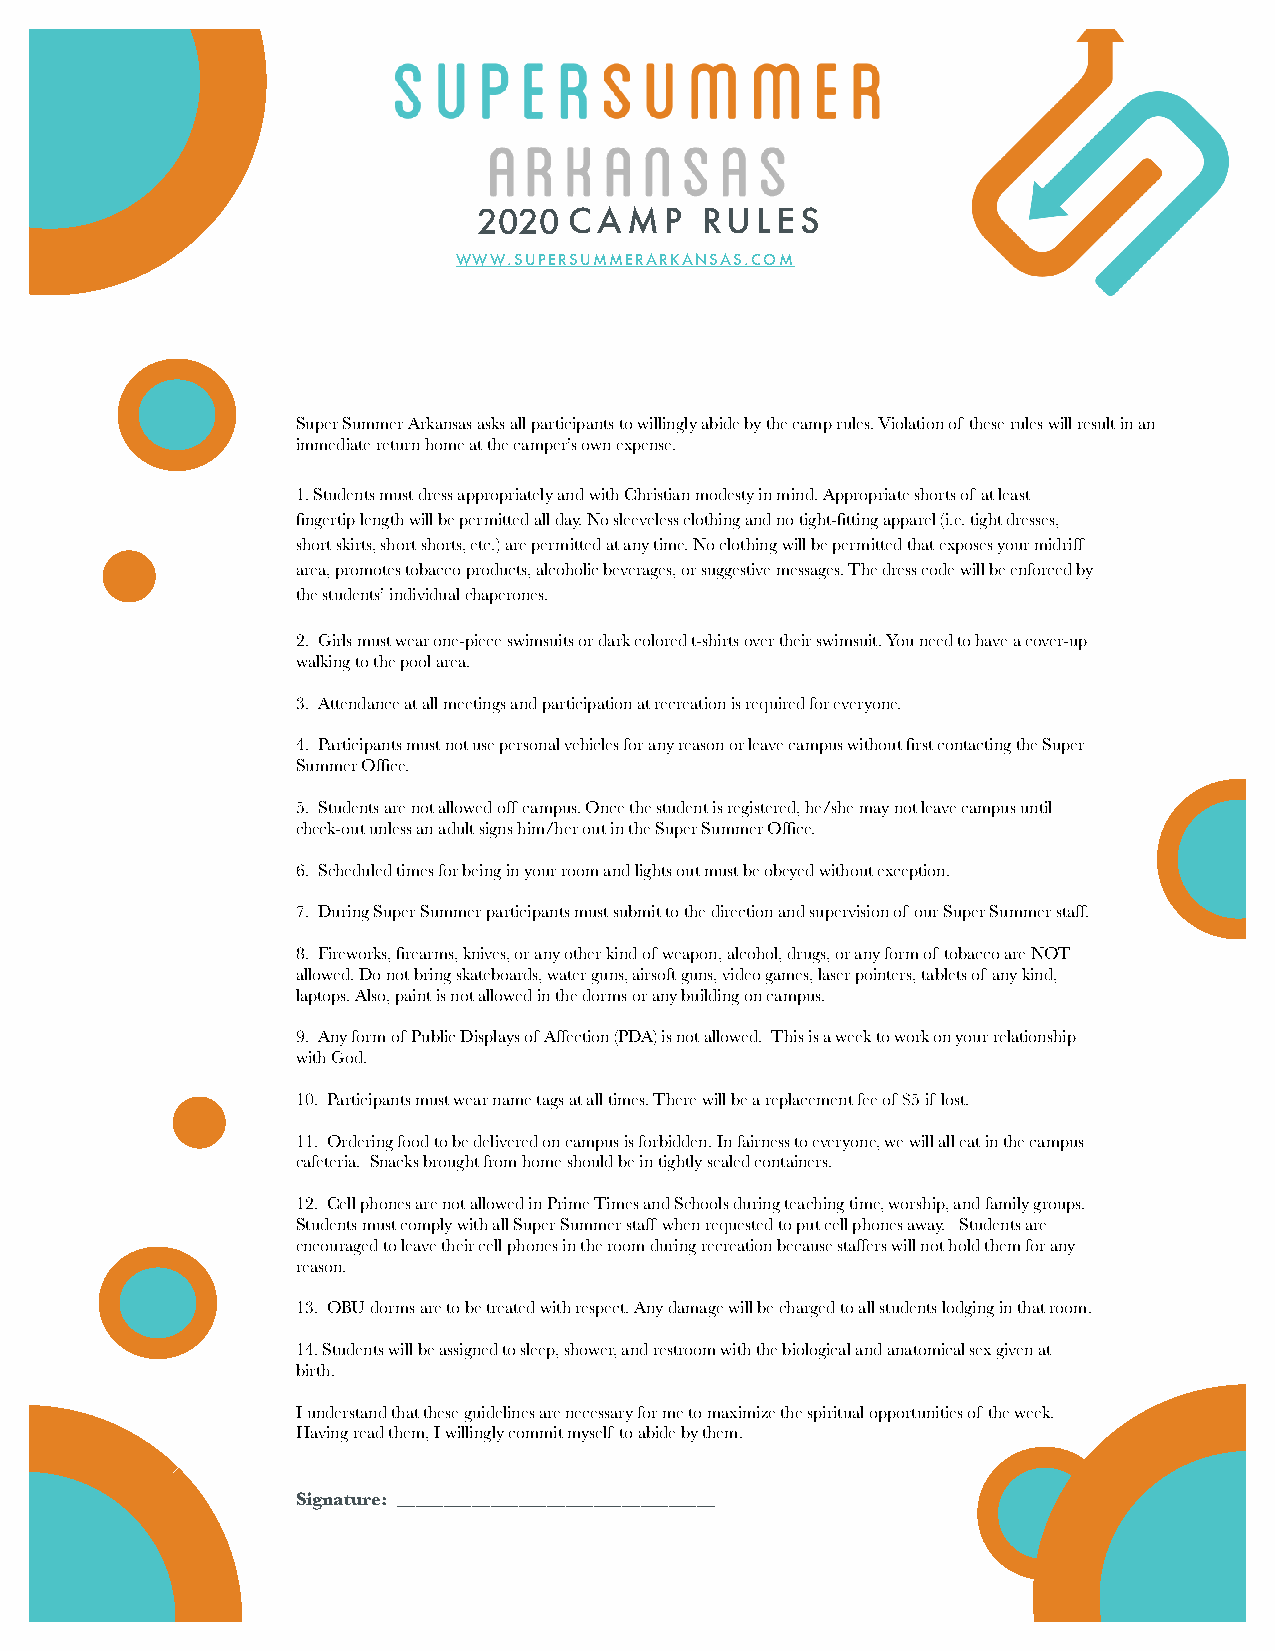
22001290 CAMP    RULES
 WWW.SUPERSUMMERARKANSAS.COM
 Super Summer Arkansas asks all participants to willingly abide by the camp rules. Violation of these rules will result in an
 immediate return home at the camper’s own expense.
 1. Students must dress appropriately and with Christian modesty in mind. Appropriate shorts of at least
 fingertip length will be permitted all day. No sleeveless clothing and no tight-fitting apparel (i.e. tight dresses,
 short skirts, short shorts, etc.) are permitted at any time. No clothing will be permitted that exposes your midriff
 area, promotes tobacco products, alcoholic beverages, or suggestive messages. The dress code will be enforced by
 the students’ individual chaperones.
 2. Girls must wear one-piece swimsuits or dark colored t-shirts over their swimsuit. You need to have a cover-up
 walking to the pool area.
 3. Attendance at all meetings and participation at recreation is required for everyone.
 4. Participants must not use personal vehicles for any reason or leave campus without first contacting the Super
 Summer Office.
 5. Students are not allowed off campus. Once the student is registered, he/she may not leave campus until
 check-out unless an adult signs him/her out in the Super Summer Office.
 6. Scheduled times for being in your room and lights out must be obeyed without exception.
 7. During Super Summer participants must submit to the direction and supervision of our Super Summer staff.
 8. Fireworks, firearms, knives, or any other kind of weapon, alcohol, drugs, or any form of tobacco are NOT
 allowed. Do not bring skateboards, water guns, airsoft guns, video games, laser pointers, tablets of any kind,
 laptops. Also, paint is not allowed in the dorms or any building on campus.
 9. Any form of Public Displays of Affection (PDA) is not allowed. This is a week to work on your relationship
 with God.
 10. Participants must wear name tags at all times. There will be a replacement fee of $5 if lost.
 11. Ordering food to be delivered on campus is forbidden. In fairness to everyone, we will all eat in the campus
 cafeteria. Snacks brought from home should be in tightly sealed containers.
 12. Cell phones are not allowed in Prime Times and Schools during teaching time, worship, and family groups.
 Students must comply with all Super Summer staff when requested to put cell phones away. Students are
 encouraged to leave their cell phones in the room during recreation because staffers will not hold them for any
 reason.
 13. OBU dorms are to be treated with respect. Any damage will be charged to all students lodging in that room.
 14. Students will be assigned to sleep, shower, and restroom with the biological and anatomical sex given at
 birth.
 I understand that these guidelines are necessary for me to maximize the spiritual opportunities of the week.
 Having read them, I willingly commit myself to abide by them.
 Signature: __________________________________